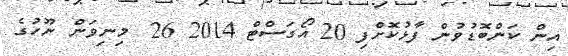
އިން ކަންބޮޑުވުން ފާޅުކޮށްފި 20 އޯގަސްޓް 2014 26  މިނިވަން ނޫހުގެ